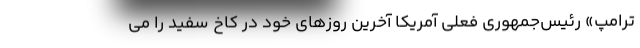
ترامپ» رئیس‌جمهوری فعلی آمریکا آخرین روزهای خود در کاخ سفید را می